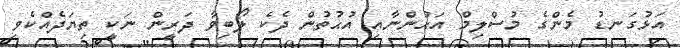
އަޅުގަނޑު މެންގެ މުސްލިމް އަޙުންނާއި އުޙުތުން ދެކެ ލޯބިވާ ދަރީން ނަކީ ތިޔަދެއްކެވި